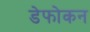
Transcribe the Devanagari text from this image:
डेफोकन